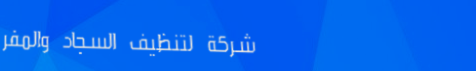
شركة لتنظيف السجاد والمفر